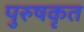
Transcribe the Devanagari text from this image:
पुरुषकृत